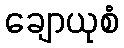
ချောယုစံ